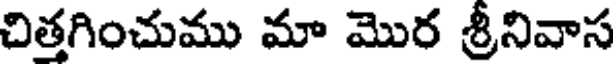
చిత్తగించుము మా మొర శ్రీనివాస